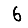
Digit: 6